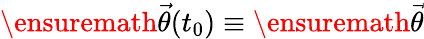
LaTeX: \ensuremath{\vec{\theta}}(t_{0})\equiv\ensuremath{\vec{\theta}}